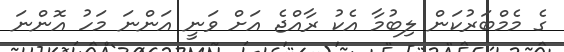
ގެ މެމްބަރުކަން ލިބުމާ އެކު ރާއްޖެ އަށް ވަނީ އަންނަ މަހު އޮންނަ